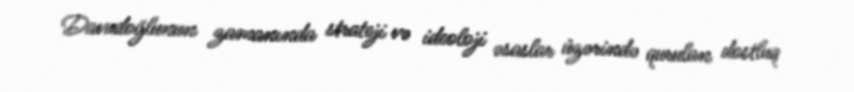
Davudoğlunun zamanında strateji və ideoloji əsaslar üzərində qurulan dostluq